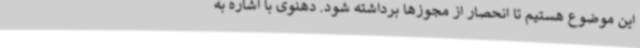
این موضوع هستیم تا انحصار از مجوزها برداشته شود. دهنوی با اشاره به